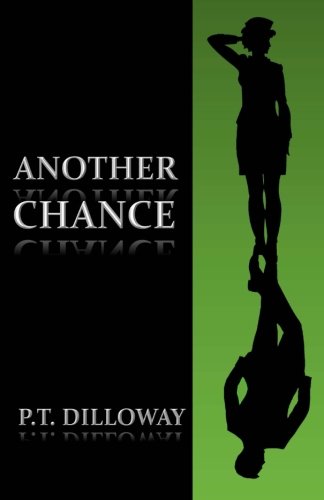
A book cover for Another Chance (Faces of CHANCE) (Volume 1); P.T. Dilloway; Romance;